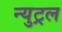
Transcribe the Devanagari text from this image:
न्युट्रल